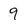
Character: 9